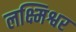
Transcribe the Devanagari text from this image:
लक्ष्मिश्वर